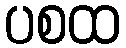
ပစထ